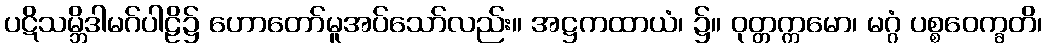
ပဋိသမ္ဘိဒါမဂ်ပါဠိ၌ ဟောတော်မူအပ်သော်လည်း။ အဋ္ဌကထာယံ၊ ၌။ ဝုတ္တက္ကမော၊ မဂ္ဂံ ပစ္စဝေက္ခတိ၊